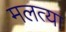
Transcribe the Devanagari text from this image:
मलत्या